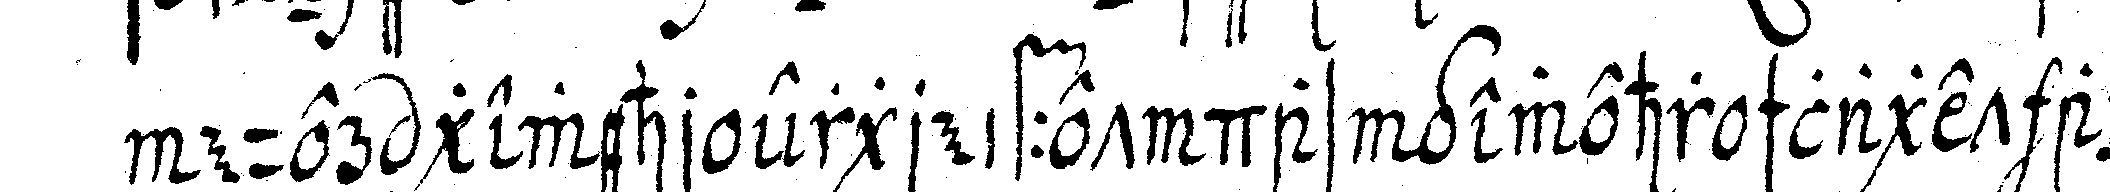
euer gewehr ergreiffet das gewehr schlaget an